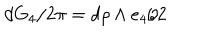
d G _ { 4 } / { 2 \pi } = d \rho \land e _ { 4 } / 2